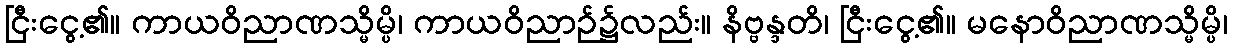
ငြီးငွေ့၏။ ကာယဝိညာဏသ္မိမ္ပိ၊ ကာယဝိညာဉ်၌လည်း။ နိဗ္ဗန္ဒတိ၊ ငြီးငွေ့၏။ မနောဝိညာဏသ္မိမ္ပိ၊